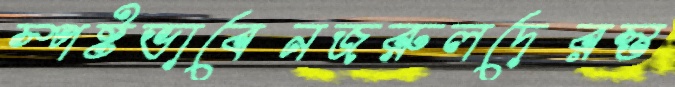
স্পষ্টভাবেনজরুলদেরস্ত